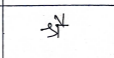
मजकूर: श्रै